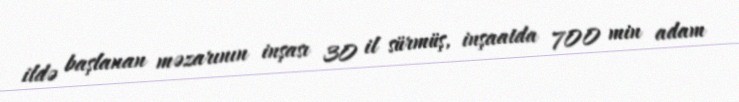
ildə başlanan məzarının inşası 30 il sürmüş, inşaatda 700 min adam